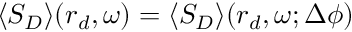
\langle S _ { D } \rangle ( \boldsymbol { r } _ { d } , \omega ) = \langle S _ { D } \rangle ( \boldsymbol { r } _ { d } , \omega ; \Delta \phi )